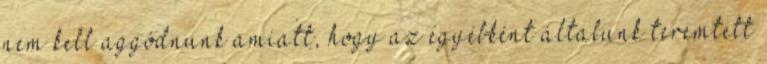
nem kell aggódnunk amiatt, hogy az egyébként általunk teremtett